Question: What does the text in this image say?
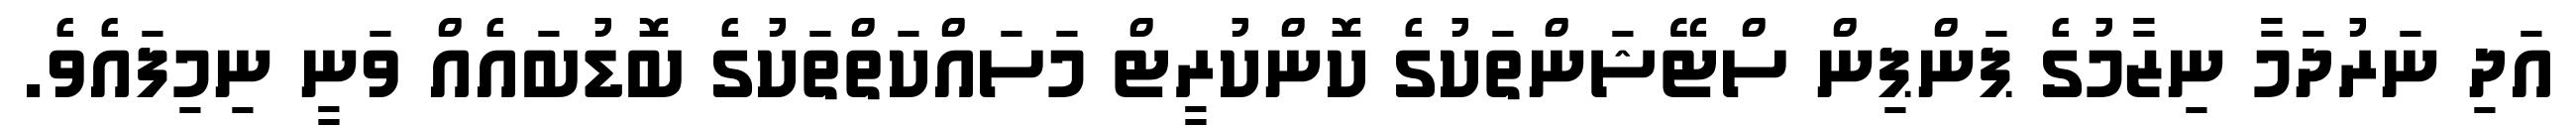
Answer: އަދި ނަރުދަމާ ނިޒާމުގެ ޕަންޕިން ސްޓޭޝަންތަކުގެ ކޮންކުރީޓް މަސައްކަތްތަކުގެ ބޮޑުބައެއް ވަނީ ނިމިފައެވެ.